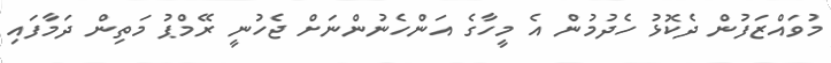
މުވައްޒަފުން ދެކޮޅު ހެދުމުން އެ މީހާގެ އަންހެނުންނަށް ޖެހުނީ ރޭމްޕު މަތިން ދަމާފައި